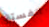
الفستق